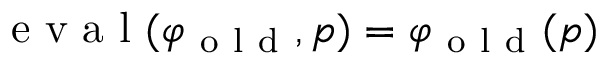
\mathrm { ~ e ~ v ~ a ~ l ~ } ( \varphi _ { \mathrm { ~ o ~ l ~ d ~ } } , p ) = \varphi _ { \mathrm { ~ o ~ l ~ d ~ } } ( p )